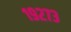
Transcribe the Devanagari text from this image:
१९२७३